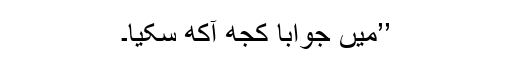
’’میں جواباً کجھ آکھ سکیا۔